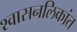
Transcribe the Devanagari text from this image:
श्‍वासनलिकांत